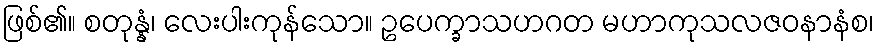
ဖြစ်၏။ စတုန္နံ၊ လေးပါးကုန်သော။ ဥပေက္ခာသဟဂတ မဟာကုသလဇဝနာနံစ၊